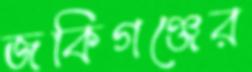
জকিগঞ্জের